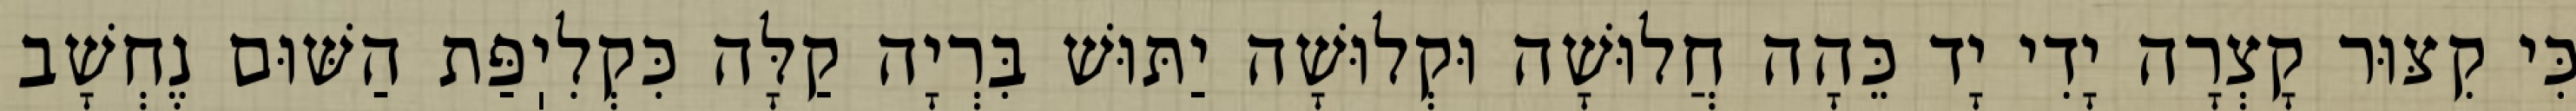
כִּי קִצּוּר קָצְרָה יָדִי יָד כֵּהָה חֲלוּשָׁה וּקְלוּשָׁה יַתּוּשׁ בִּרְיָה קַלָּה כִּקְלִיֽפַּת הַשּׁוּם נֶחְשָׁב